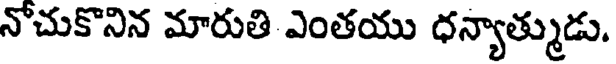
నోచుకొనిన మారుతి ఎంతయు ధన్యాత్ముడు.